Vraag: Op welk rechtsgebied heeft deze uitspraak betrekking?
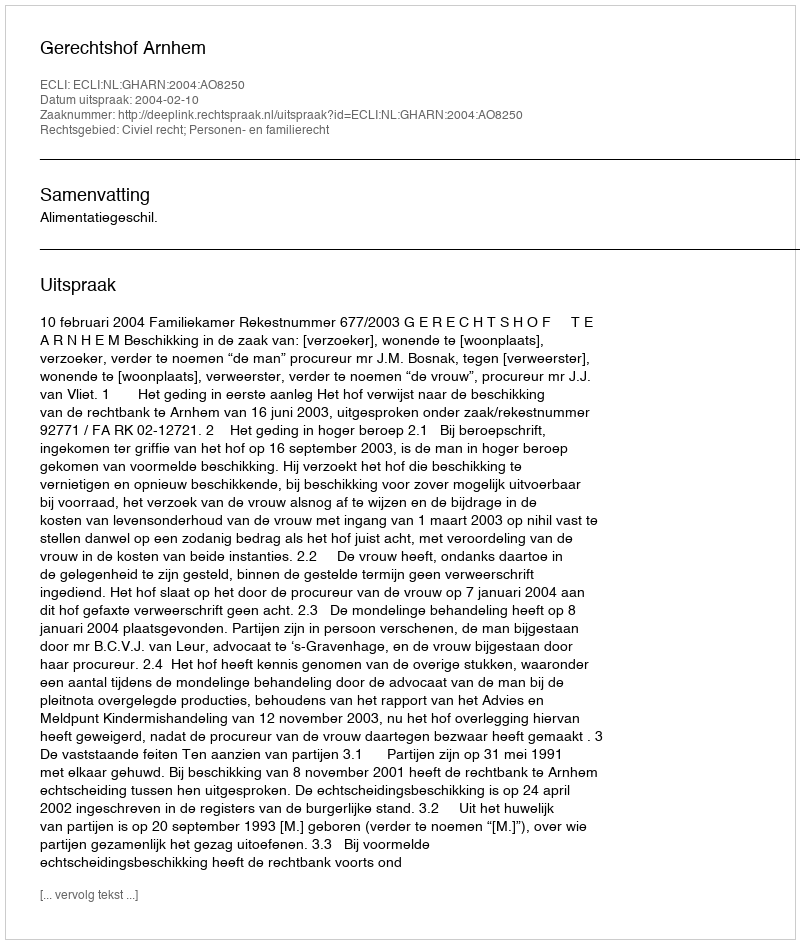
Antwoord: Civiel recht; Personen- en familierecht